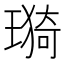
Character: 𤨦